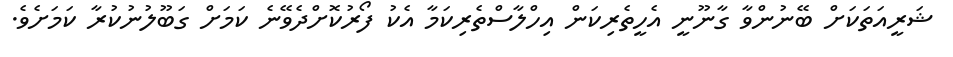
ޝަރީއަތަކަށް ބޭނުންވާ ގާނޫނީ އެހީތެރިކަން އިހްލާސްތެރިކަމާ އެކު ފޯރުކޮށްދެވޭނެ ކަމަށް ގަބޫލުނުކުރާ ކަމަށެވެ.